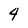
Character: 4